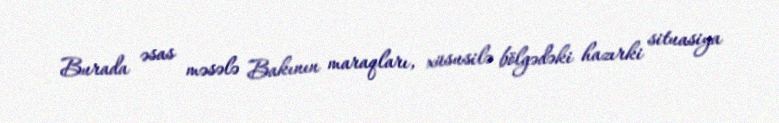
Burada əsas məsələ Bakının maraqları, xüsusilə bölgədəki hazırki situasiya